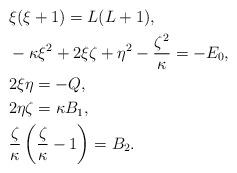
LaTeX: \begin{align*} &\xi(\xi+1) = L(L+1), \\ &- \kappa \xi^2 + 2\xi\zeta + \eta^2 - \frac{\zeta^2}{\kappa} = - E_0, \\ &2\xi\eta = -Q, \\ &2\eta\zeta = \kappa B_1, \\ &\frac{\zeta}{\kappa} \left(\frac{\zeta}{\kappa}-1\right) = B_2. \end{align*}